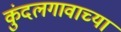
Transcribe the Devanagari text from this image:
कुंदलगावाच्या